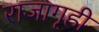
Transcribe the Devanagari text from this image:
राजागृही